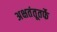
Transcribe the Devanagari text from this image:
अक्षतंतूतर्फे